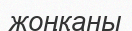
жоңқаны